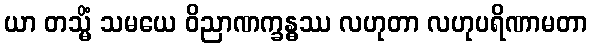
ယာ တသ္မိံ သမယေ ဝိညာဏက္ခန္ဓဿ လဟုတာ လဟုပရိဏာမတာ